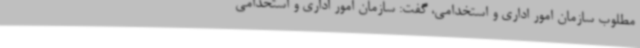
مطلوب سازمان امور اداری و استخدامی، گفت: سازمان امور اداری و استخدامی